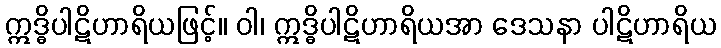
ဣဒ္ဓိပါဋိဟာရိယဖြင့်။ ဝါ၊ ဣဒ္ဓိပါဋိဟာရိယအာ ဒေသနာ ပါဋိဟာရိယ